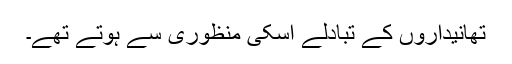
تھانیداروں کے تبادلے اسکی منظوری سے ہوتے تھے۔